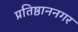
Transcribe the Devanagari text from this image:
प्रतिष्ठाननगर